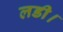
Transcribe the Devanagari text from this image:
लडी।